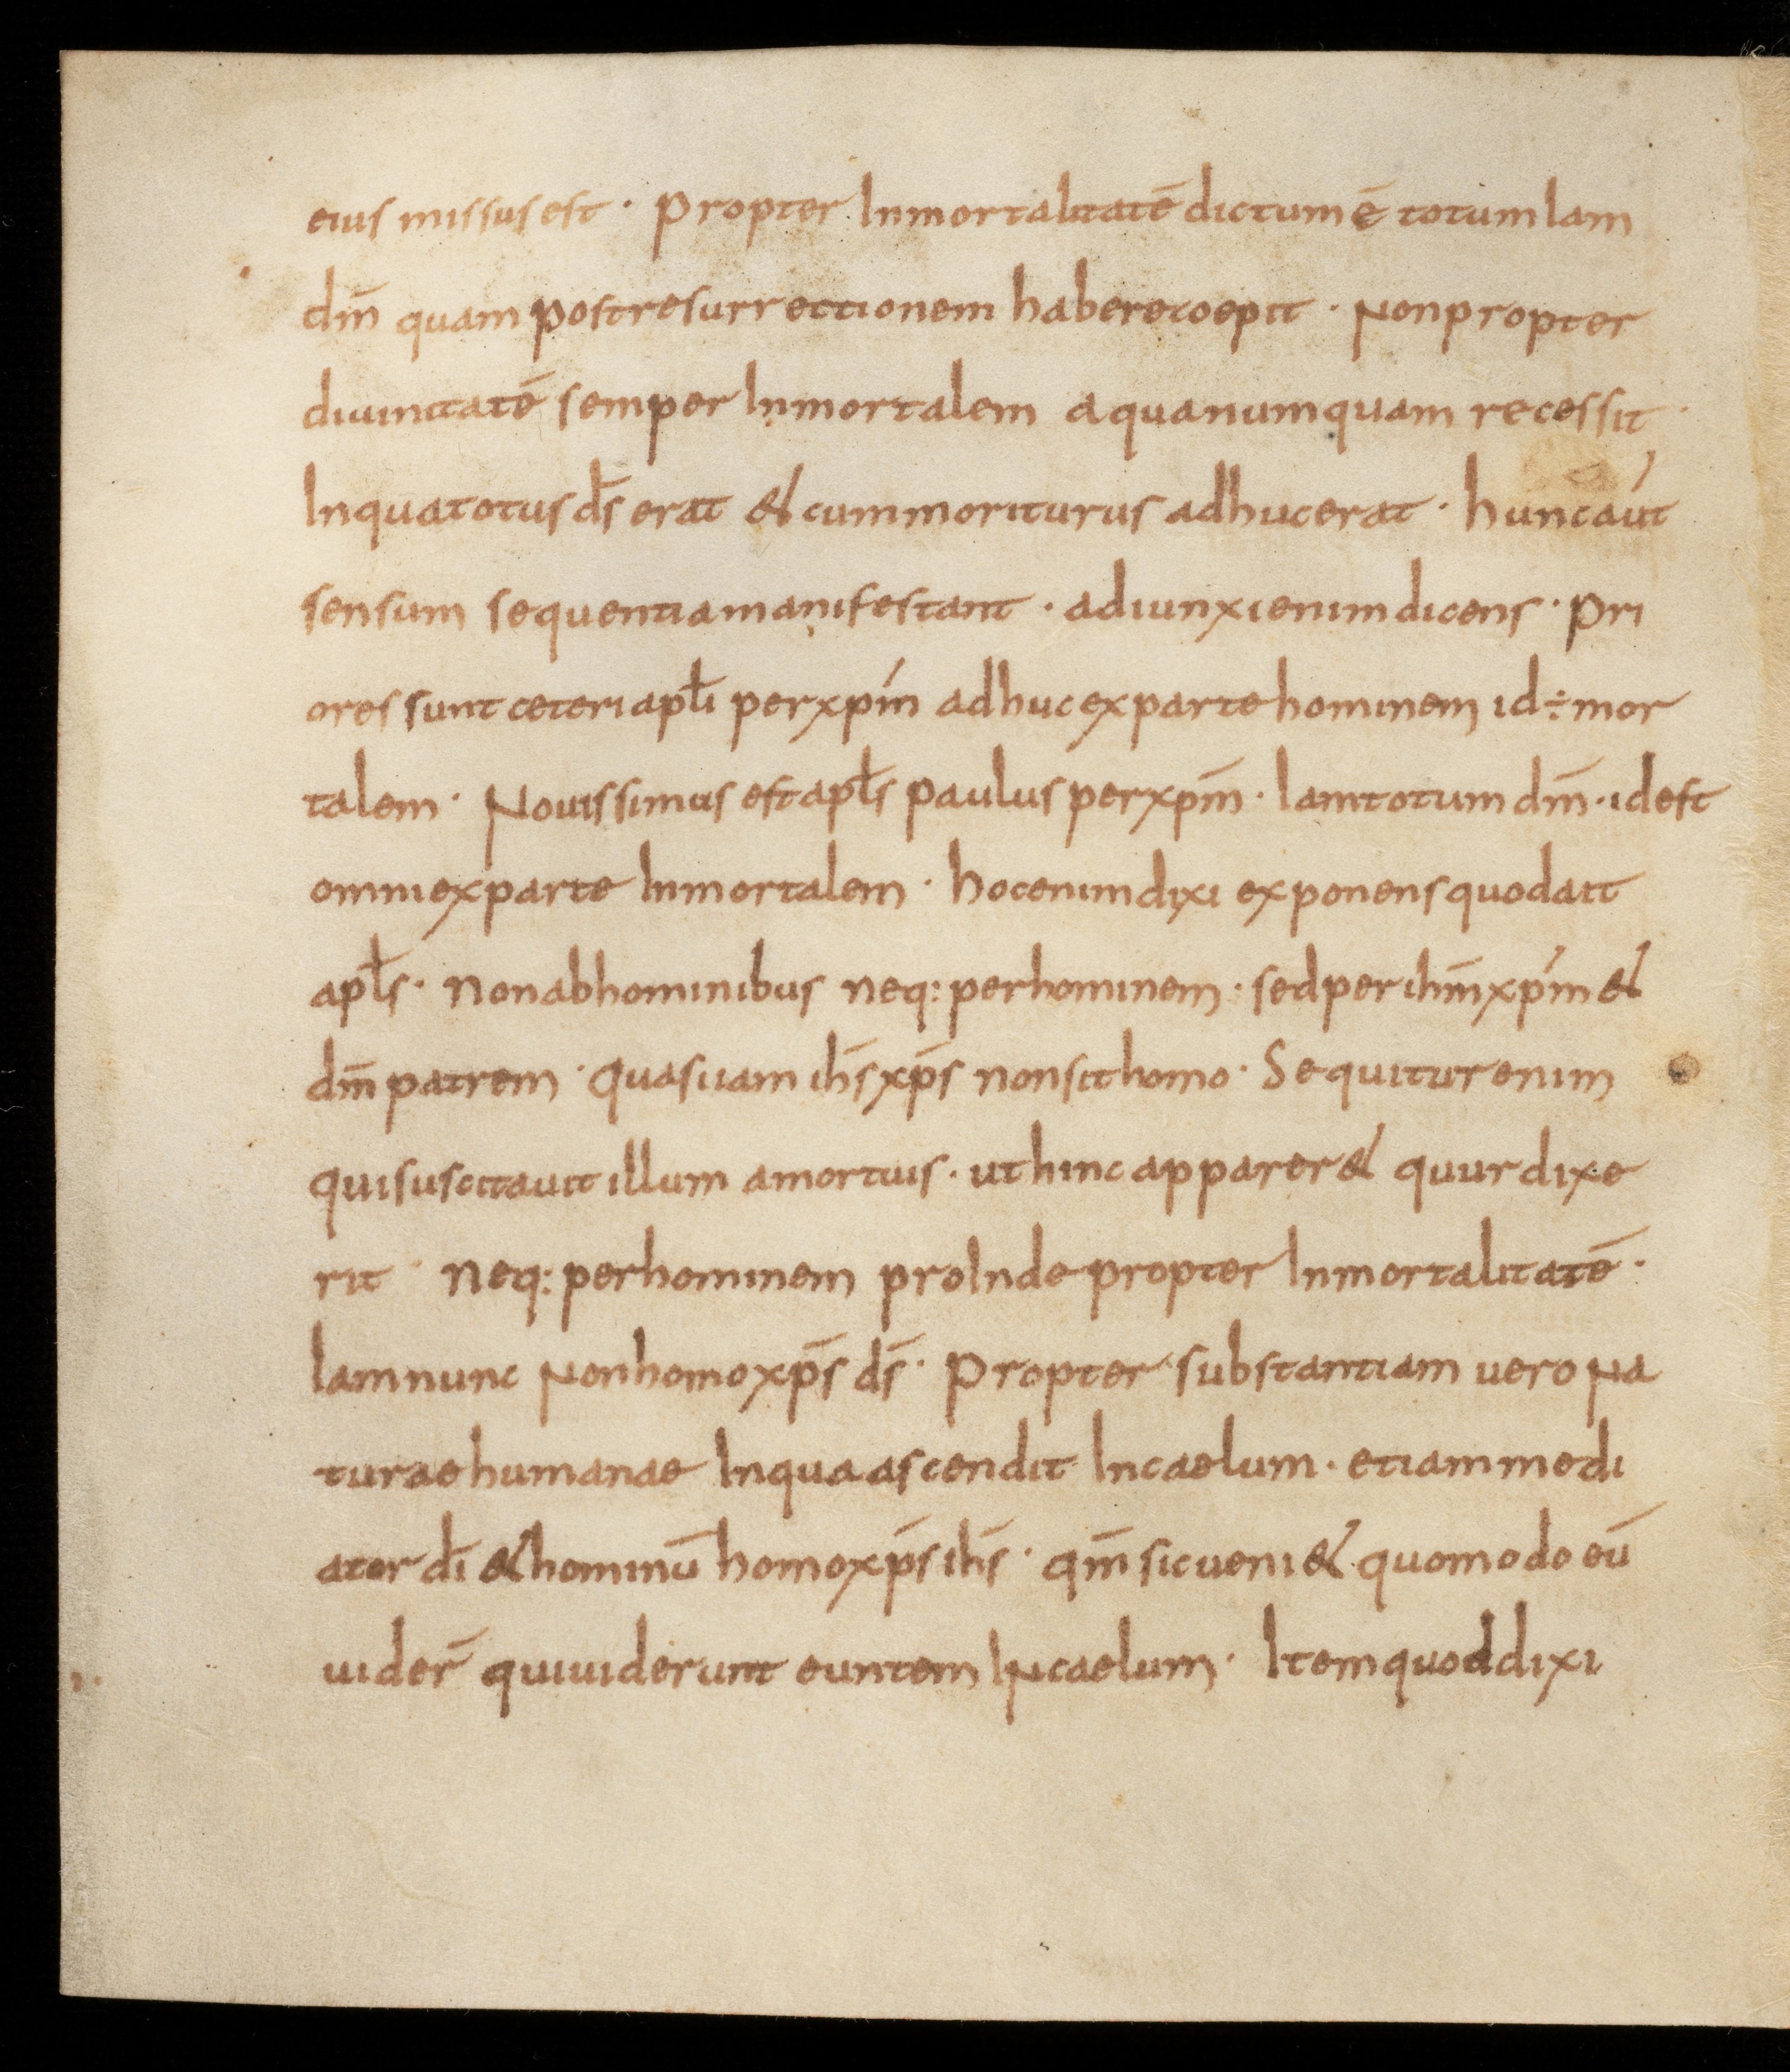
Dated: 850–899